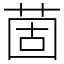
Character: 䓢